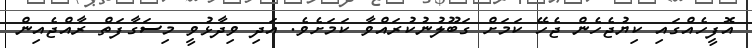
އޮފީހެއްގައި ކިޔުޖެހެން ޖެހޭ ކަމަށް ގަބޫލުނުކުރައްވާ ކަމަށެވެ. އަދި ވިދާޅުވީ މިސަގާފަތް ރާއްޖެއިން